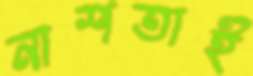
নাশতাই